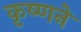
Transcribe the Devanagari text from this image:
कृष्‍णने